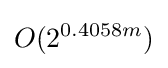
O(2^{0.4058m})